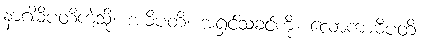
နာဂါဓိပတိကဲ့သို့။ အဓိပတိ၊ အရှင်သခင်ကို။ လောကာဓိပတိ၊